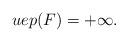
LaTeX: \begin{align*}uep(F)=+\infty. \end{align*}